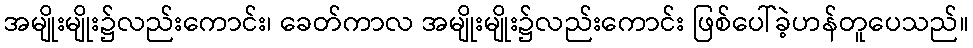
အမျိုးမျိုး၌လည်းကောင်း၊ ခေတ်ကာလ အမျိုးမျိုး၌လည်းကောင်း ဖြစ်ပေါ်ခဲ့ဟန်တူပေသည်။